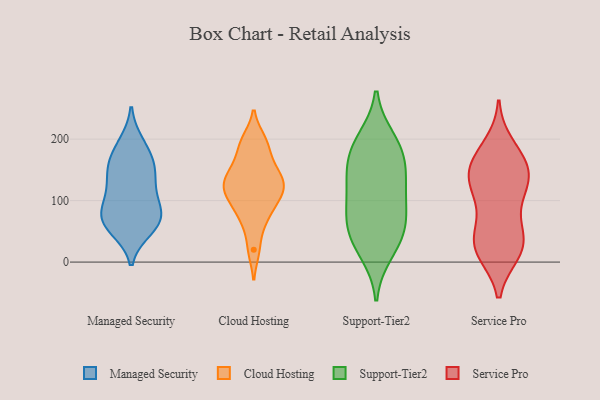
{"axis": {"x": "Gross Profit (USD K)", "y": "Value"}, "legend": ["Cloud Hosting", "Managed Security", "Service Pro", "Support-Tier2"], "data": [{"x": "", "y": 157, "type": "Managed Security"}, {"x": "", "y": 54, "type": "Managed Security"}, {"x": "", "y": 59, "type": "Managed Security"}, {"x": "", "y": 186, "type": "Managed Security"}, {"x": "", "y": 153, "type": "Managed Security"}, {"x": "", "y": 157, "type": "Managed Security"}, {"x": "", "y": 68, "type": "Managed Security"}, {"x": "", "y": 139, "type": "Managed Security"}, {"x": "", "y": 68, "type": "Managed Security"}, {"x": "", "y": 75, "type": "Managed Security"}, {"x": "", "y": 107, "type": "Managed Security"}, {"x": "", "y": 72, "type": "Managed Security"}, {"x": "", "y": 118, "type": "Managed Security"}, {"x": "", "y": 96, "type": "Managed Security"}, {"x": "", "y": 193, "type": "Managed Security"}, {"x": "", "y": 169, "type": "Cloud Hosting"}, {"x": "", "y": 105, "type": "Cloud Hosting"}, {"x": "", "y": 122, "type": "Cloud Hosting"}, {"x": "", "y": 20, "type": "Cloud Hosting"}, {"x": "", "y": 137, "type": "Cloud Hosting"}, {"x": "", "y": 193, "type": "Cloud Hosting"}, {"x": "", "y": 143, "type": "Cloud Hosting"}, {"x": "", "y": 109, "type": "Cloud Hosting"}, {"x": "", "y": 198, "type": "Cloud Hosting"}, {"x": "", "y": 112, "type": "Cloud Hosting"}, {"x": "", "y": 77, "type": "Cloud Hosting"}, {"x": "", "y": 142, "type": "Cloud Hosting"}, {"x": "", "y": 66, "type": "Cloud Hosting"}, {"x": "", "y": 42, "type": "Support-Tier2"}, {"x": "", "y": 191, "type": "Support-Tier2"}, {"x": "", "y": 16, "type": "Support-Tier2"}, {"x": "", "y": 166, "type": "Support-Tier2"}, {"x": "", "y": 71, "type": "Support-Tier2"}, {"x": "", "y": 66, "type": "Support-Tier2"}, {"x": "", "y": 137, "type": "Support-Tier2"}, {"x": "", "y": 116, "type": "Support-Tier2"}, {"x": "", "y": 199, "type": "Support-Tier2"}, {"x": "", "y": 37, "type": "Support-Tier2"}, {"x": "", "y": 130, "type": "Support-Tier2"}, {"x": "", "y": 87, "type": "Support-Tier2"}, {"x": "", "y": 175, "type": "Support-Tier2"}, {"x": "", "y": 118, "type": "Service Pro"}, {"x": "", "y": 106, "type": "Service Pro"}, {"x": "", "y": 134, "type": "Service Pro"}, {"x": "", "y": 16, "type": "Service Pro"}, {"x": "", "y": 59, "type": "Service Pro"}, {"x": "", "y": 21, "type": "Service Pro"}, {"x": "", "y": 151, "type": "Service Pro"}, {"x": "", "y": 29, "type": "Service Pro"}, {"x": "", "y": 44, "type": "Service Pro"}, {"x": "", "y": 169, "type": "Service Pro"}, {"x": "", "y": 189, "type": "Service Pro"}, {"x": "", "y": 141, "type": "Service Pro"}, {"x": "", "y": 35, "type": "Service Pro"}, {"x": "", "y": 115, "type": "Service Pro"}, {"x": "", "y": 151, "type": "Service Pro"}, {"x": "", "y": 167, "type": "Service Pro"}, {"x": "", "y": 16, "type": "Service Pro"}]}